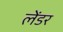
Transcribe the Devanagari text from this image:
लेंडर